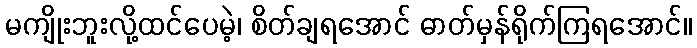
မကျိုးဘူးလို့ထင်ပေမဲ့၊ စိတ်ချရအောင် ဓာတ်မှန်ရိုက်ကြရအောင်။